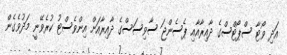
އަދި ވޯޓާ ސްޕޯޓްސްގެ ދާއިރާއާއި ޕެސެންޖަ ސާވިސަސްގެ ދާއިރާއަށް އިންވެސްޓު ކުރެވޭނީ މަދުވެގެން